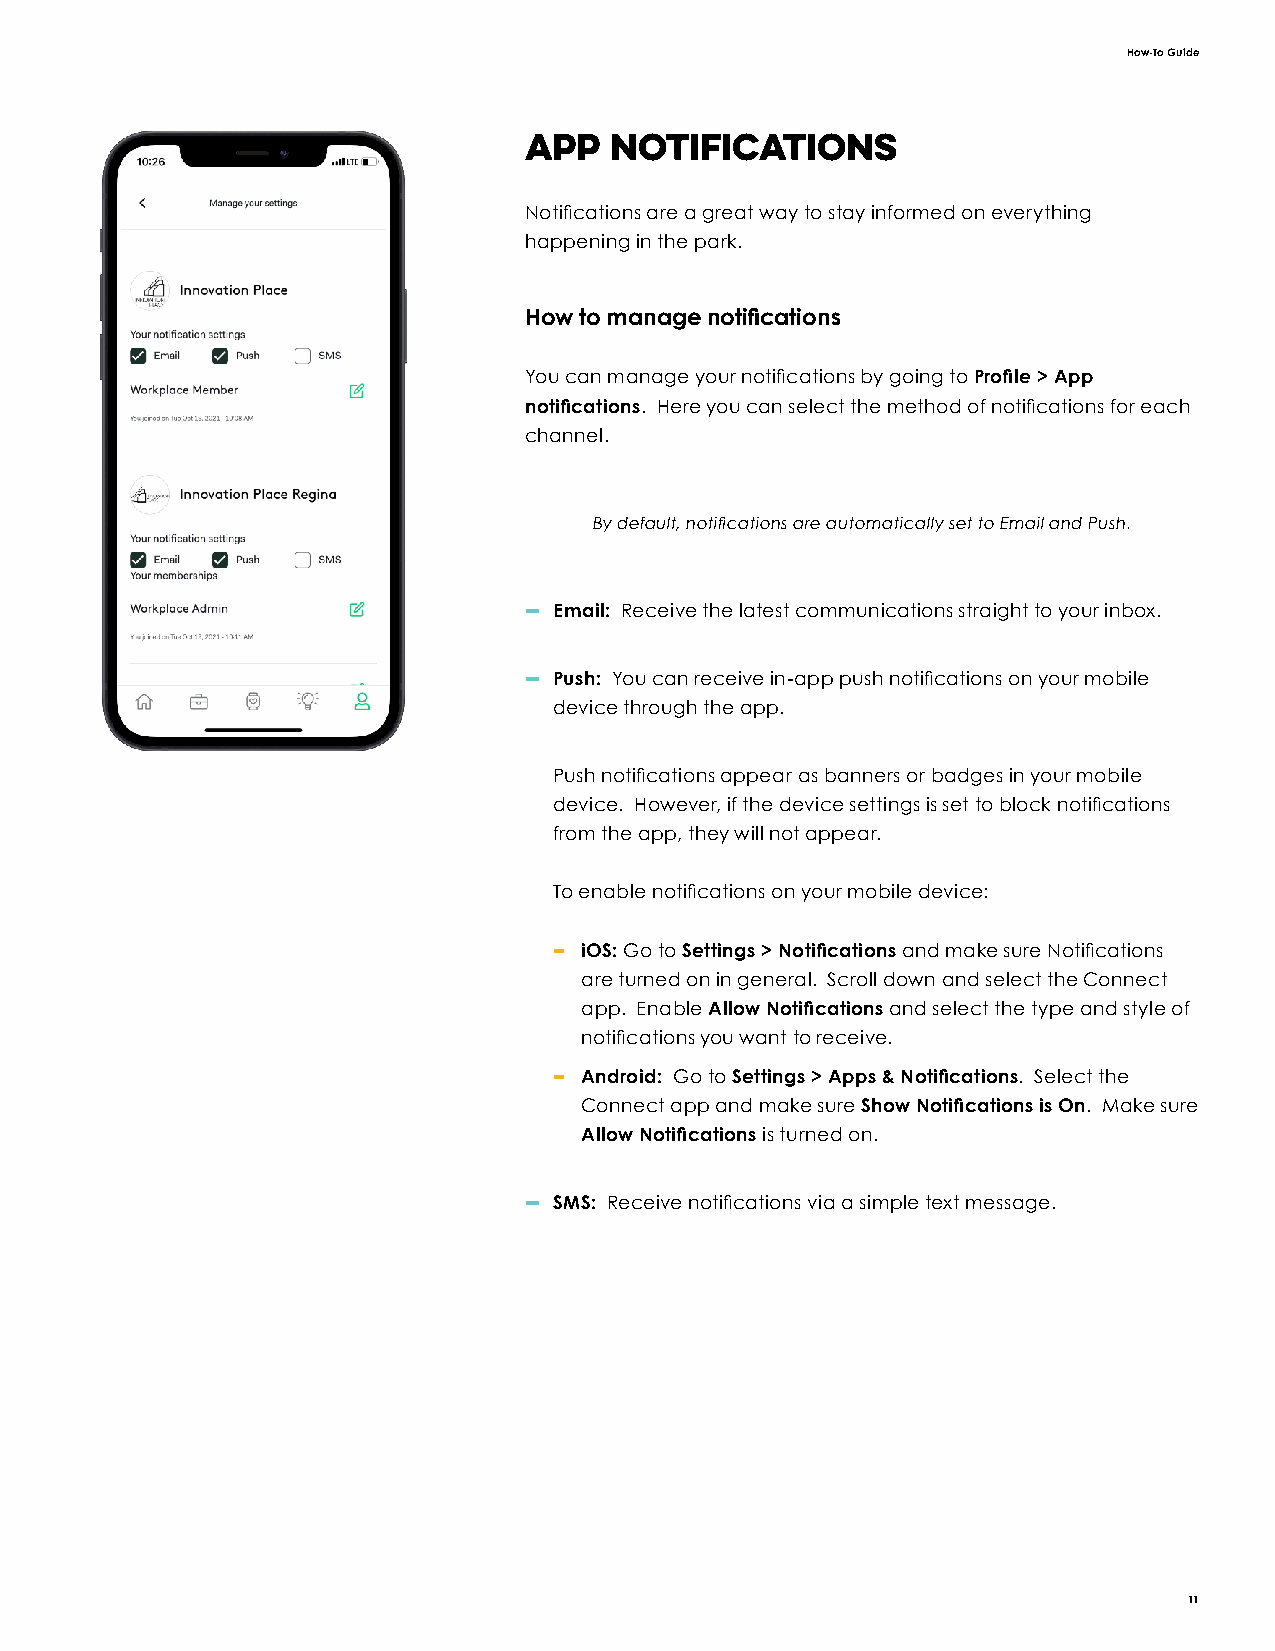
How-To Guide
 App  Notifications
 Notifications are a great way to stay informed on everything
 happening in the park.
 How to manage notifications
 You can manage your notifications by going to Profile > App
 notifications. Here you can select the method of notifications for each
 channel.
 By default, notifications are automatically set to Email and Push.
 — Email: Receive the latest communications straight to your inbox.
 — Push: You can receive in-app push notifications on your mobile
 device through the app.
 Push notifications appear as banners or badges in your mobile
 device. However, if the device settings is set to block notifications
 from the app, they will not appear.
 To enable notifications on your mobile device:
 – iOS: Go to Settings > Notifications and make sure Notifications
 are turned on in general. Scroll down and select the Connect
 app. Enable Allow Notifications and select the type and style of
 notifications you want to receive.
 – Android: Go to Settings > Apps & Notifications. Select the
 Connect app and make sure Show Notifications is On. Make sure
 Allow Notifications is turned on.
 — SMS: Receive notifications via a simple text message.
 11